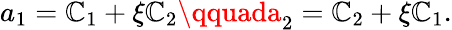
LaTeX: a_{1}=\mathbb{C}_{1}+\xi\mathbb{C}_{2}\qquada_{2}=\mathbb{C}_{2}+\xi\mathbb{C}_{1}.